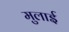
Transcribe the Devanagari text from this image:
मुलाई